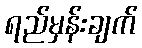
ရည်မှန်းချက်